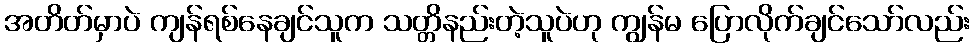
အတိတ်မှာပဲ ကျန်ရစ်နေချင်သူက သတ္တိနည်းတဲ့သူပဲဟု ကျွန်မ ပြောလိုက်ချင်သော်လည်း